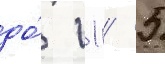
до́ 11 / 5